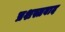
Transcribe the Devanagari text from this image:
प्रशस्तवाद